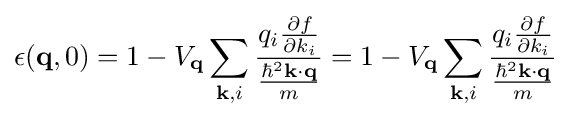
\epsilon (\mathbf {q} ,0)=1-V_{\mathbf {q} }\sum _{\mathbf {k} ,i}{\frac {q_{i}{\frac {\partial f}{\partial k_{i}}}}{\frac {\hbar ^{2}\mathbf {k} \cdot \mathbf {q} }{m}}}=1-V_{\mathbf {q} }\sum _{\mathbf {k} ,i}{\frac {q_{i}{\frac {\partial f}{\partial k_{i}}}}{\frac {\hbar ^{2}\mathbf {k} \cdot \mathbf {q} }{m}}}